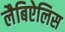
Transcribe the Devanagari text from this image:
लैबिऐलिस